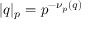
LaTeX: | q | _ { p } = p ^ { - \nu _ { p } ( q ) }